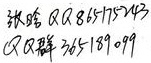
张晗  ×× 85157453
×× 群 365180199